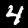
Label: 4